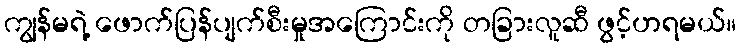
ကျွန်မရဲ့ ဖောက်ပြန်ပျက်စီးမှုအကြောင်းကို တခြားလူဆီ ဖွင့်ဟရမယ်။